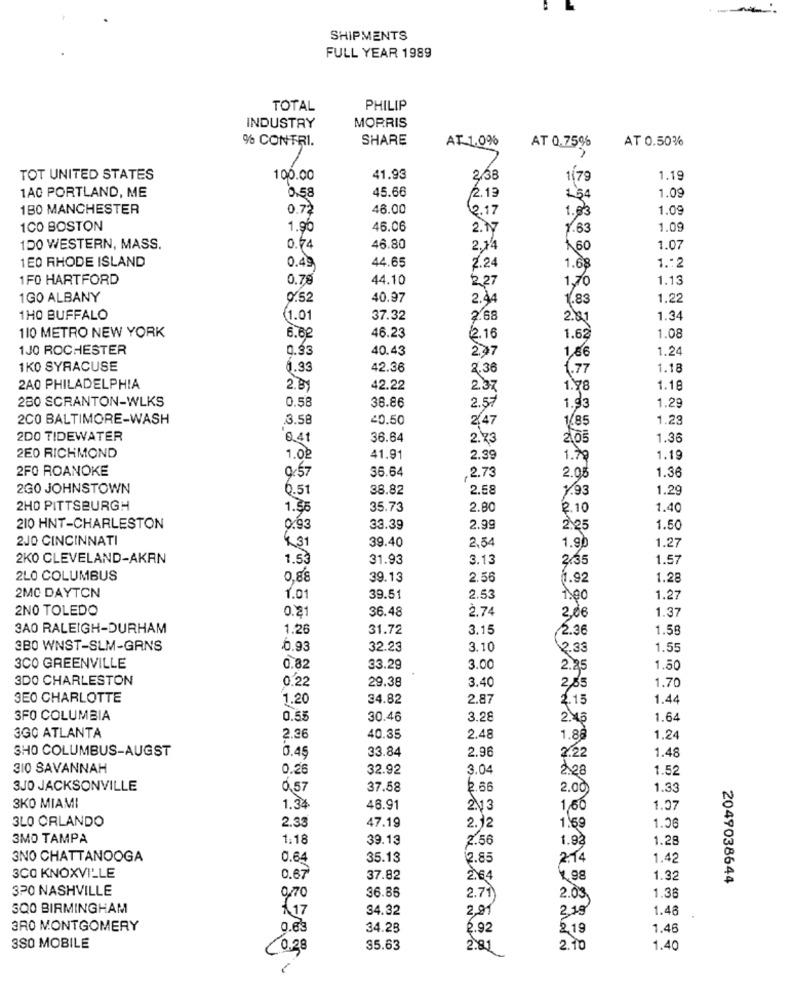
SHIPMENTS
FULL YEAR 1989
TOTAL
PHILIP
INDUSTRY
MORRIS
% CONTRI.
SHARE
AT 1.0%
AT 0.75%
AT 0.50%
TOT UNITED STATES
100.00
41.93
2,38
1.79
1.19
0.58
45.66
1A0 PORTLAND, ME
2.19
154
1.09
1B0 MANCHESTER
0.72
48.00
62.17
1.03
1.09
1CO BOSTON
1.96
46.06
2.17
1.63
1.09
100 WESTERN, MASS.
0.74
46.80
2,14
160
1.07
1E0 RHODE ISLAND
1 .: 2
0.49
44.65
2.24
1.68
1FO HARTFORD
0.78
44.10
2.27
1.13
1,70
1GO ALBANY
0.52
40.97
2.44
1.83
1.22
1HO BUFFALO
1.01
37.32
2.68
2.01
1.34
110 METRO NEW YORK
46.23
6.6
2.16
1.62
1.08
1JO ROCHESTER
0.33
40.43
2.97
1.24
1,66
1K0 SYRACUSE
1.33
42.36
2.36
6.77
1.18
2A0 PHILADELPHIA
2.81
42.22
2.37
1.78
1.18
280 SCRANTON-WLKS
0.58
2.57
38.86
1.93
1.29
200 BALTIMORE-WASH
3.58
20.50
2.47
1.85
1.23
2DO TIDEWATER
0.41
36.64
2.73
2.05
1.36
2E0 RICHMOND
1.02
41.91
2.39
1.7
1.19
2FO ROANOKE
36.64
2.73
9.57
2.98
1.36
2GO JOHNSTOWN
0.51
38.82
2.58
1.93
1.29
2HO PITTSBURGH
1.35
35.73
2.80
2.10
1.40
210 HNT-CHARLESTON
0.93
33.39
2.99
2.25
1.50
2JO CINCINNATI
39.40
2.54
1.90
431
1.27
2KO CLEVELAND-AKRN
1.53
31.93
3.13
2,35
1.57
2LO COLUMBUS
0,88
39.13
2.56
1.92
1.28
2MC DAYTON
1.0
39.51
2.53
1.00
1.27
2NO TOLEDO
0.2
36.48
2.74
1.37
2,06
3AO RALEIGH-DURHAM
1.26
31.72
3.15
2.36
1.58
3BO WNST-SLM-GANS
6.93
32.23
3.10
2.33
1.55
3CO GREENVILLE
0.82
33.29
3.00
2.25
1.50
3DO CHARLESTON
0.22
29.38
3.40
1.70
2,65
3EO CHARLOTTE
1.20
34.82
2.87
2.15
1.44
3FO COLUMBIA
0.55
30.46
3.28
1.64
3GC ATLANTA
2.36
40.35
2.48
1.88
1,24
SHO COLUMBUS-AUGST
0.49
33.84
2.96
1.48
2.22
310 SAVANNAH
0.26
32.92
3.04
1.52
2.28
3JO JACKSONVILLE
0,57
37.58
2.66
2.00
1.33
3KO MIAMI
1.34
46.91
2.13
1,50
1.07
3LO ORLANDO
47.19
2.33
2.12
1.69
1.06
3MO TAMPA
1:18
39.13
2.56
1.92
1.28
3NO CHATTANOOGA
0.64
35.13
2.85
2.74
1.42
3CO KNOXVILLE
0.67
37.82
2.64
4. 98
1.32
2049038644
320 NASHVILLE
36.86
1.36
0/70
2.71
2.03
500 BIRMINGHAM
17
34.32
2,91
2.19
1.48
3R0 MONTGOMERY
0.63
34.28
2.92
2,19
1.46
3SO MOBILE
(0.38
35.63
2.81
2.10
1.40